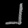
Digit: ၂